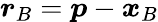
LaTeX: {\boldsymbol{r}}_{B}={\boldsymbol{p}}-{\boldsymbol{x}}_{B}